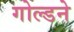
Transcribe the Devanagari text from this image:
गोल्डने